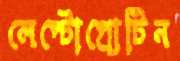
লেপ্টোপ্রোটিন